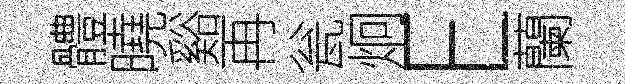
體曉谿再瓮炯E蘭